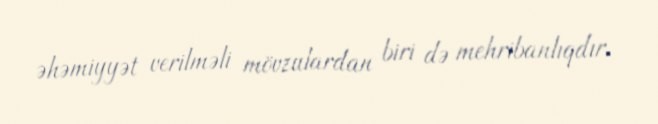
əhəmiyyət verilməli mövzulardan biri də mehribanlıqdır.